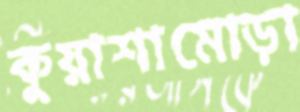
কুয়াশামোড়া